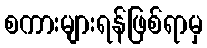
စကားများရန်ဖြစ်ရာမှ